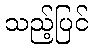
သည့်ပြင်